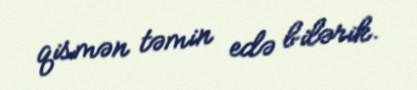
qismən təmin edə bilərik.